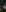
-